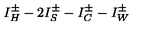
I _ { H } ^ { \pm } - 2 I _ { S } ^ { \pm } - I _ { C } ^ { \pm } - I _ { W } ^ { \pm }